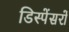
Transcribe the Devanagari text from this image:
डिस्पेंसरों